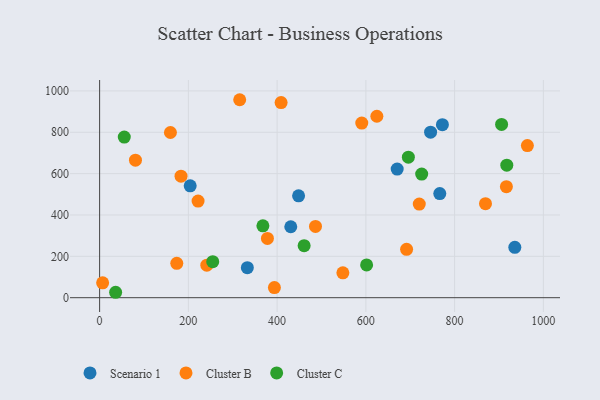
{"axis": {"x": "Price", "y": "Profit"}, "legend": ["Cluster B", "Cluster C", "Scenario 1"], "data": [{"x": "935.7", "y": 243.7, "type": "Scenario 1"}, {"x": "766.6", "y": 503.6, "type": "Scenario 1"}, {"x": "745.9", "y": 800.4, "type": "Scenario 1"}, {"x": "332.9", "y": 145.3, "type": "Scenario 1"}, {"x": "430.8", "y": 343.0, "type": "Scenario 1"}, {"x": "670.6", "y": 621.9, "type": "Scenario 1"}, {"x": "448.4", "y": 492.7, "type": "Scenario 1"}, {"x": "204.1", "y": 541.0, "type": "Scenario 1"}, {"x": "772.5", "y": 836.6, "type": "Scenario 1"}, {"x": "486.5", "y": 344.8, "type": "Cluster B"}, {"x": "720.4", "y": 452.6, "type": "Cluster B"}, {"x": "691.8", "y": 234.1, "type": "Cluster B"}, {"x": "869.6", "y": 454.8, "type": "Cluster B"}, {"x": "80.8", "y": 664.9, "type": "Cluster B"}, {"x": "378.2", "y": 286.8, "type": "Cluster B"}, {"x": "964.0", "y": 735.9, "type": "Cluster B"}, {"x": "624.8", "y": 877.4, "type": "Cluster B"}, {"x": "916.7", "y": 536.9, "type": "Cluster B"}, {"x": "159.6", "y": 798.9, "type": "Cluster B"}, {"x": "183.5", "y": 587.9, "type": "Cluster B"}, {"x": "6.8", "y": 72.0, "type": "Cluster B"}, {"x": "315.7", "y": 957.4, "type": "Cluster B"}, {"x": "590.8", "y": 844.7, "type": "Cluster B"}, {"x": "409.0", "y": 943.6, "type": "Cluster B"}, {"x": "221.9", "y": 467.4, "type": "Cluster B"}, {"x": "548.2", "y": 120.4, "type": "Cluster B"}, {"x": "241.6", "y": 157.3, "type": "Cluster B"}, {"x": "393.9", "y": 49.1, "type": "Cluster B"}, {"x": "173.9", "y": 166.1, "type": "Cluster B"}, {"x": "254.9", "y": 174.4, "type": "Cluster C"}, {"x": "725.8", "y": 597.6, "type": "Cluster C"}, {"x": "368.0", "y": 347.8, "type": "Cluster C"}, {"x": "905.9", "y": 837.9, "type": "Cluster C"}, {"x": "460.9", "y": 251.7, "type": "Cluster C"}, {"x": "55.6", "y": 777.0, "type": "Cluster C"}, {"x": "917.6", "y": 641.1, "type": "Cluster C"}, {"x": "601.7", "y": 158.6, "type": "Cluster C"}, {"x": "695.8", "y": 679.6, "type": "Cluster C"}, {"x": "36.1", "y": 26.2, "type": "Cluster C"}]}